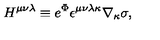
H ^ { \mu \nu \lambda } \equiv e ^ { \Phi } \epsilon ^ { \mu \nu \lambda \kappa } \nabla _ { \kappa } \sigma ,